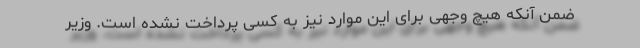
ضمن آنکه هیچ وجهی برای این موارد نیز به کسی پرداخت نشده است. وزیر